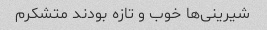
شیرینی‌ها خوب و تازه بودند متشکرم